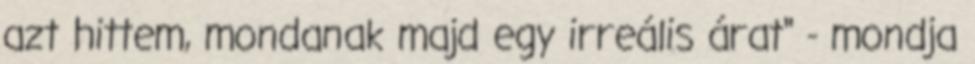
azt hittem, mondanak majd egy irreális árat" - mondja